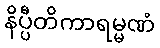
နိပ္ပီတိကာရမ္မဏံ